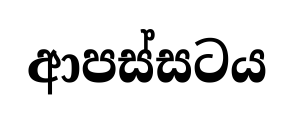
ආපස්සටය